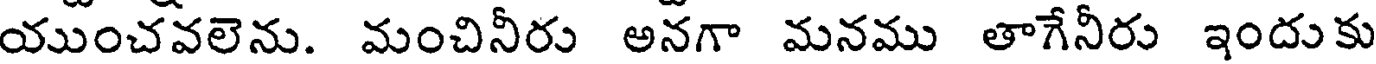
యుంచవలెను. మంచినీరు అనగా మనము తాగేనీరు ఇందుకు